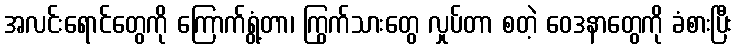
အလင်းရောင်တွေကို ကြောက်ရွံ့တာ၊ ကြွက်သားတွေ လှုပ်တာ စတဲ့ ဝေဒနာတွေကို ခံစားပြီး